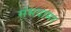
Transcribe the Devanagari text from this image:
संभवामर